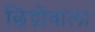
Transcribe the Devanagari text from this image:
छिद्रोंवाला